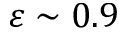
\varepsilon \sim 0 . 9